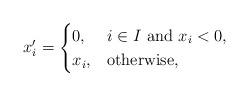
LaTeX: \begin{align*}x'_i=\begin{cases}0, & i\in I~ \mbox{and}~ x_i<0,\\x_i, & \mbox{otherwise},\end{cases}\end{align*}